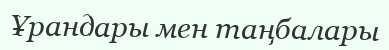
Ұрандары мен таңбалары